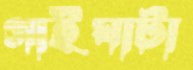
গাইঘাটা